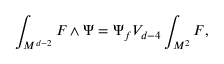
\int _ { M ^ { d - 2 } } F \wedge \Psi = \Psi _ { f } V _ { d - 4 } \int _ { M ^ { 2 } } F ,